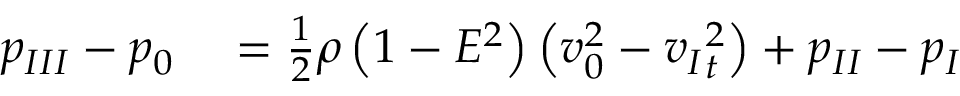
\begin{array} { r l } { { p _ { I I I } } - { p _ { 0 } } } & { { } = { } \frac { 1 } { 2 } \rho \left( 1 - E ^ { 2 } \right) \left( v _ { 0 } ^ { 2 } - { v _ { I } } _ { t } ^ { 2 } \right) + p _ { I I } - p _ { I } } \end{array}